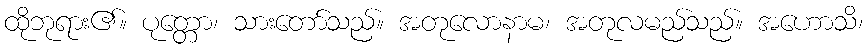
ထိုဘုရား၏။ ပုတ္တော၊ သားတော်သည်။ အတုလောနာမ၊ အတုလမည်သည်။ အဟောသိ၊